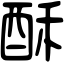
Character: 酥